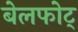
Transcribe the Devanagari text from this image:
बेलफोट्